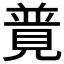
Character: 𧡟